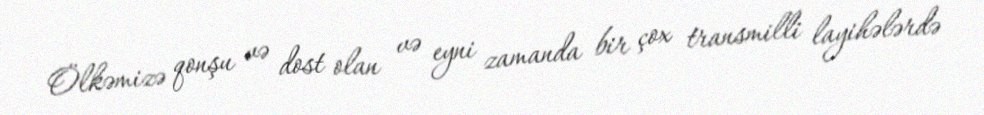
Ölkəmizə qonşu və dost olan və eyni zamanda bir çox transmilli layihələrdə